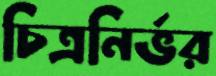
চিত্রনির্ভর